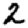
Digit: 2